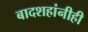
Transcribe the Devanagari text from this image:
बादशहांनीही